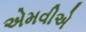
એમવીએ